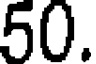
50.